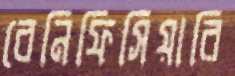
বেনিফিসিয়ারি